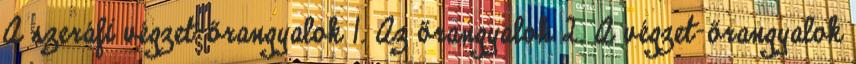
A szeráfi végzet-őrangyalok 1. Az őrangyalok 2. A végzet-őrangyalok